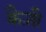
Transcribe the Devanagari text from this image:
क्रैज़ी